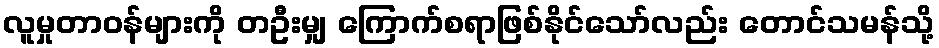
လူမှုတာဝန်များကို တဦးမျှ ကြောက်စရာဖြစ်နိုင်သော်လည်း တောင်သမန်သို့